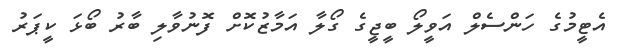
އެޓީމުގެ ހަންސެލް އަވީލޯ ބީޖީގެ ގޯލާ އަމާޒުކޮށް ފޮނުވާލި ބާރު ބޯޅަ ކީޕަރު